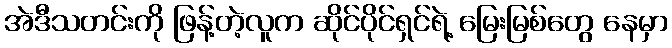
အဲဒီသတင်းကို ဖြန့်တဲ့လူက ဆိုင်ပိုင်ရှင်ရဲ့ မြေးမြစ်တွေ နေမှာ